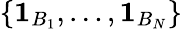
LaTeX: \{ \mathbf{1}_{B_{1}},\dotsc,\mathbf{1}_{B_{N}}\}